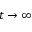
t \to \infty